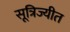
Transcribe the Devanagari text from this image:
सूत्रिज्यीत